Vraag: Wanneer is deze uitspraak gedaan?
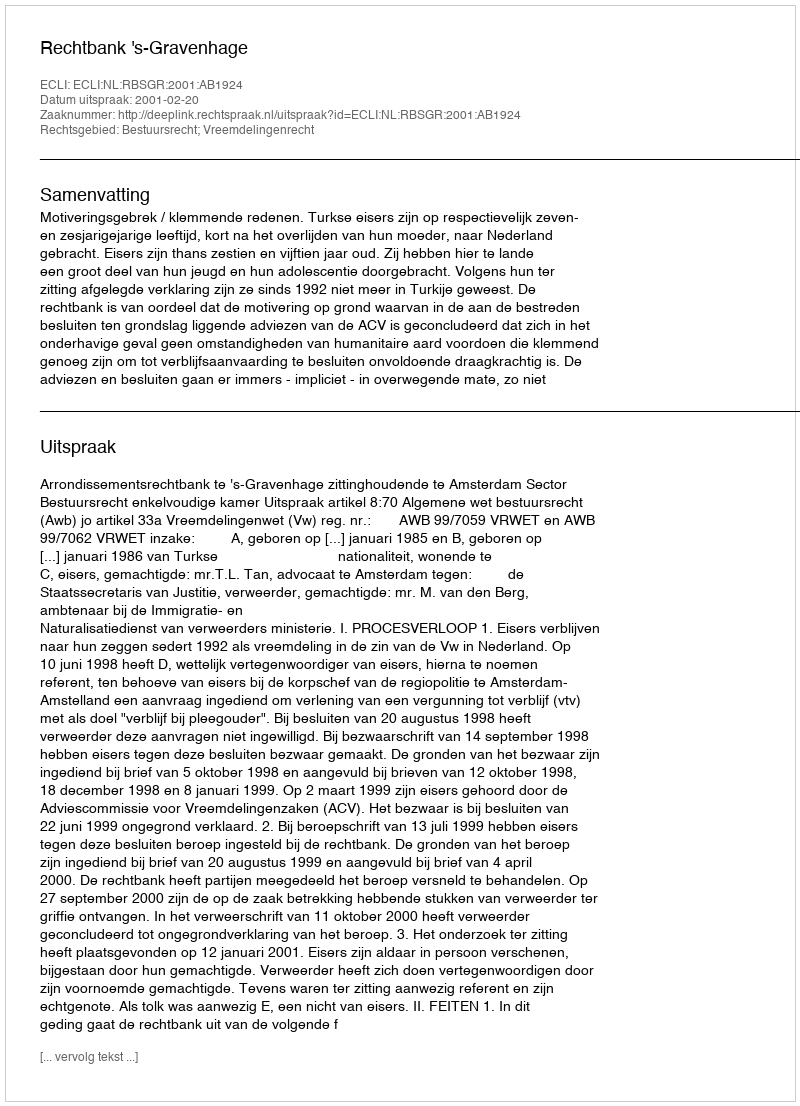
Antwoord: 2001-02-20